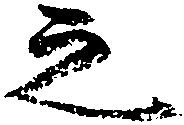
之